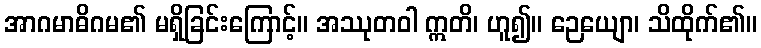
အာဂမာဓိဂမ၏ မရှိခြင်းကြောင့်။ အဿုတဝါ ဣတိ၊ ဟူ၍။ ဉေယျော၊ သိထိုက်၏။